Report on lock hospitals in British Burma
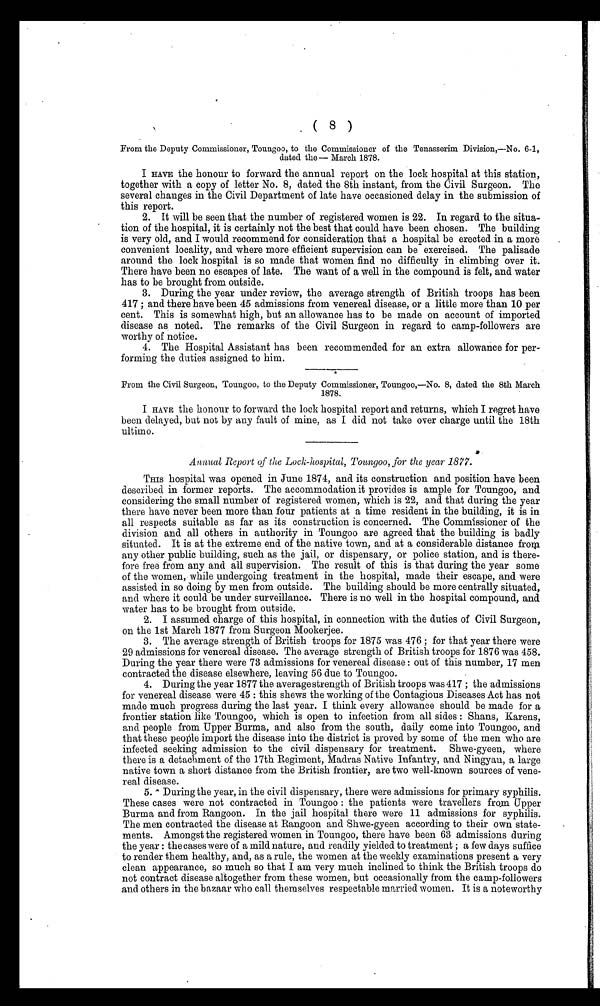
( 8 )
From the Deputy Commissioner, Toungoo, to the Commissioner of the Tenasseriin Division,—No. 6-1,
dated the — March 1878.
I HAVE the honour to forward the annual report on the lock hospital at this station,
together with a copy of letter No. 8, dated the 8th instant, from the Civil Surgeon. The
several changes in the Civil Department of late have occasioned delay in the submission of
this report.
2. It will be seen that the number of registered women is 22. In regard to the situa-
tion of the hospital, it is certainly not the best that could have been chosen. The building
is very old, and I would recommend for consideration that a hospital be erected in a more
convenient locality, and where more efficient supervision can be exercised. The palisade
around the lock hospital is so made that women find no difficulty in climbing over it.
There have been no escapes of late. The want of a well in the compound is felt, and water
has to be brought from outside.
3. During the year under review, the average strength of British troops has been
417 ; and there have been 45 admissions from venereal disease, or a little more than 10 per
cent. This is somewhat high, but an allowance has to be made on account of imported
disease as noted. The remarks of the Civil Surgeon in regard to camp-followers are
worthy of notice.
4. The Hospital Assistant has been recommended for an extra allowance for per-
forming the duties assigned to him.
From the Civil Surgeon, Toungoo, to the Deputy Commissioner, Toungoo,—No. 8, dated the 8th March
1878.
I HAVE the honour to forward the lock hospital report and returns, which I regret have
been delayed, but not by any fault of mine, as I did not take over charge until the 18th
ultimo.
•
Annual Report of the Lock-hospital, Toungoo, for the year 1877.
THIS hospital was opened in June 1874, and its construction and position have been
described in former reports. The accommodation it provides is ample for Toungoo, and
considering the small number of registered women, which is 22, and that during the year
there have never been more than four patients at a time resident in the building, it is in
all respects suitable as far as its construction is concerned. The Commissioner of the
division and all others in authority in Toungoo are agreed that the building is badly
situated. It is at the extreme end of the native town, and at a considerable distance from
any other public building, such as the jail, or dispensary, or police station, and is there-
fore free from any and all supervision. The result of this is that during the year some
of the women, while undergoing treatment in the hospital, made their escape, and were
assisted in so doing by men from outside. The building should be more centrally situated,
and where it could be under surveillance. There is no well in the hospital compound, and
water has to be brought from outside.
2. I assumed charge of this hospital, in connection with the duties of Civil Surgeon,
on the 1st March 1877 from Surgeon Mookerjee.
3. The average strength of British troops for 1875 was 476 ; for that year there were
29 admissions for venereal disease. The average strength of British troops for 1876 was 458.
During the year there were 73 admissions for venereal disease : out of this number, 17 men
contracted the disease elsewhere, leaving 56 due to Toungoo.
4. During the year 1877 the averagestrength of British troops was 417 ; the admissions
for venereal disease were 45 : this shews the working of the Contagious Diseases Act has not
made much progress during the last year. I think every allowance should be made for a
frontier station like Toungoo, which is open to infection from all sides : Shans, Karens,
and people from Upper Burma, and also from the south, daily come into Toungoo, and
that these people import the disease into the district is proved by some of the men who are
infected seeking admission to the civil dispensary for treatment. Shwe-gyeen, where
there is a detachment of the 17th Regiment, Madras Native Infantry, and Ningyan, a large
native town a short distance from the British frontier, are two well-known sources of vene-
real disease.
5. During the year, in the civil dispensary, there were admissions for primary syphilis.
These cases were not contracted in Toungoo : the patients were travellers from Upper
Burma and from Rangoon. In the jail hospital there were 11 admissions for syphilis.
The men contracted the disease at Rangoon and Shwe-gyeen according to their own state-
ments. Amongst the registered women in Toungoo, there have been 63 admissions during
the year : the cases were of a mild nature, and readily yielded to treatment ; a few days suffice
to render them healthy, and, as a rule, the women at the weekly examinations present a very
clean appearance, so much so that I am very much inclined to think the British troops do
not contract disease altogether from these women, but occasionally from the camp-followers
and others in the bazaar who call themselves respectable married women. It is a noteworthy